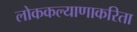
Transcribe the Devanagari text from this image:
लोककल्याणाकरिता